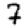
Digit: 7